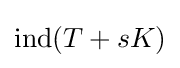
{\text{ind}}(T+sK)